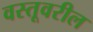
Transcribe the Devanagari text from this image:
वस्तूवरील